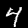
Digit: 4